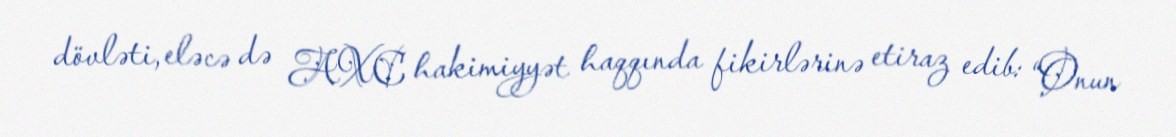
dövləti, eləcə də AXC hakimiyyət haqqında fikirlərinə etiraz edib: “Onun